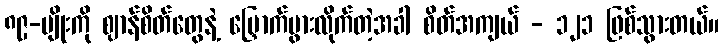
၈၉-မျိုးကို ဈာန်စိတ်တွေနဲ့ မြှောက်ပွားလိုက်တဲ့အခါ စိတ်အကျယ် - ၁၂၁ ဖြစ်သွားတယ်။